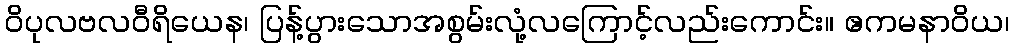
ဝိပုလဗလဝီရိယေန၊ ပြန့်ပွားသောအစွမ်းလုံ့လကြောင့်လည်းကောင်း။ ဧကမနာဝိယ၊